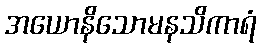
အယောနိသောမနသိကာရံ